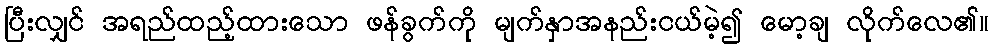
ပြီးလျှင် အရည်ထည့်ထားသော ဖန်ခွက်ကို မျက်နှာအနည်းငယ်မဲ့၍ မော့ချ လိုက်လေ၏။